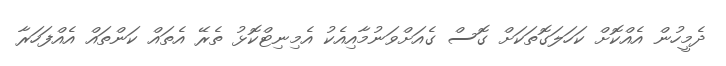
ދެމީހުން އެއްކޮށް ކަހަލަގޮތަކަށް ގޮސް ގެއަށްވަނުމާއިއެކު އެމިނިޓްކޮޅު ތެރޭ އެތައް ކަންތައް އެއްފަހަރާ